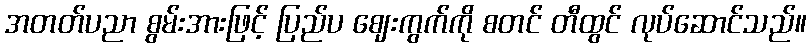
အတတ်ပညာ စွမ်းအားဖြင့် ပြည်ပ ဈေးကွက်ကို စတင် တီထွင် လုပ်ဆောင်သည်။